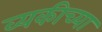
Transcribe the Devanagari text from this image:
व्यकीच्या